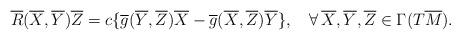
LaTeX: \begin{align*} \overline{R}(\overline{X},\overline{Y})\overline{Z}=c\{\overline{g}(\overline{Y},\overline{Z})\overline{X}-\overline{g}(\overline{X},\overline{Z})\overline{Y}\},\quad\forall\, \overline{X},\overline{Y},\overline{Z}\in\Gamma(T\overline{M}).\end{align*}